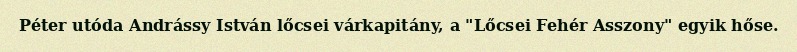
Péter utóda Andrássy István lőcsei várkapitány, a "Lőcsei Fehér Asszony" egyik hőse.